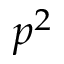
p ^ { 2 }